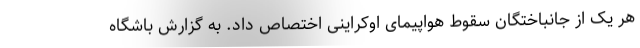
هر یک از جانباختگان سقوط هواپیمای اوکراینی اختصاص داد. به گزارش باشگاه